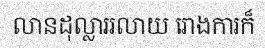
លានដុល្លាររលាយ រោងការក៏